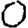
Digit: 0